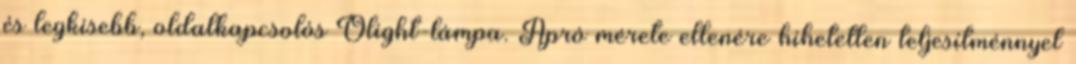
és legkisebb, oldalkapcsolós Olight-lámpa. Apró mérete ellenére hihetetlen teljesítménnyel